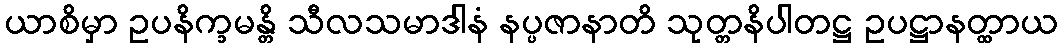
ယာစိမှာ ဥပနိက္ခမန္တိ သီလသမာဒါနံ နပ္ပဇာနာတိ သုတ္တနိပါတဋ္ဌ ဥပဋ္ဌာနတ္ထာယ